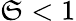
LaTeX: \mathfrak{S}<1